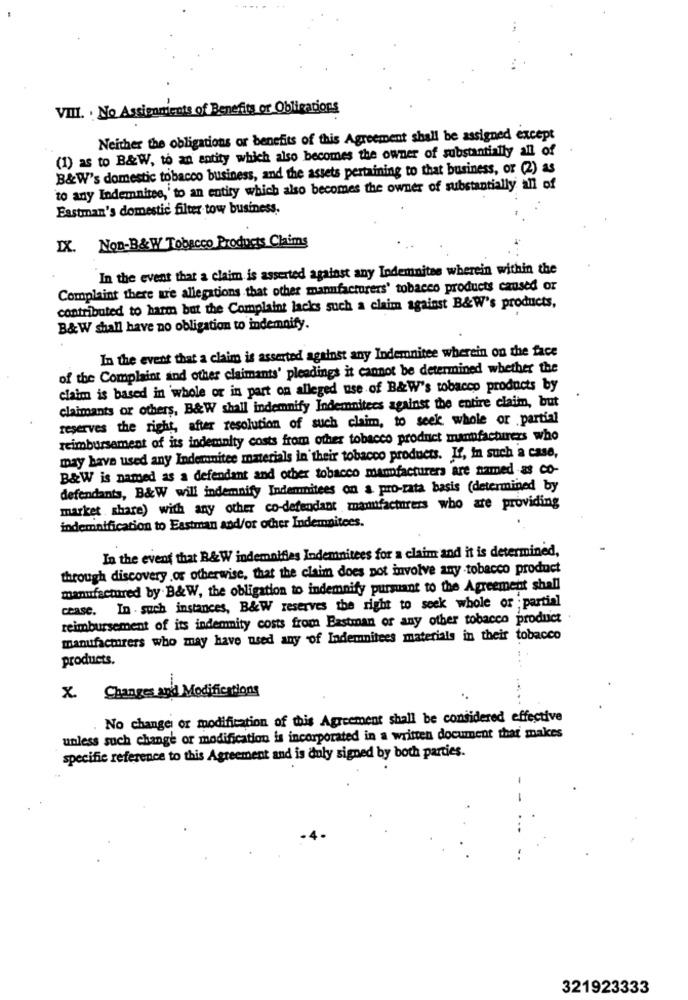
VIII. . No Assiennients of Benefits or Obligations
Neither the obligations or benefits of this Agreement shall be assigned except
(1) as to B&W, to an entity which also becomes the owner of substantially all of
B&W's domestic tobacco business, and the assets pertaining to that business, or (2) as
to any Indemnites,' to an entity which also becomes the owner of substantially all of
Eastman's domestic filter tow business.
IX. NOD-B&W Tobacco Products Claims
In the event that a claim is asserted against any Indemnites wherein within the
Complaint there are allegations that other manufacturers' tobacco products caused or
contributed to harm but the Complaint lacks such a claim against B&W's products,
B&W shall have no obligation to indemnify.
In the event that a claim is asserted against any Indemnitee wherein on the face
of the Complaint and other claimants' pleadings it cannot be determined whether the
claim is based in whole or in part on alleged use of B&W's tobacco products by
claimants or others, B&W shall indemnify Indemnitees against the entire claim, but
reserves the right, after resolution of such claim, to seek whole or partial
reimbursement of its indemnity costs from other tobacco product manufacturers who
may have used any Indermitee materials in their tobacco products. If, In such a case,
B&W is named as a defendant and other tobacco manufacturers are named as co-
defendants, B&W will indemnify Indemnitees on & pro-rata basis (determined by
market share) with any other co-defendant manufacturers who are providing
indemnification to Eastman and/or other Indemnitees.
In the event that B&W indemnifies Indemnitees for a claim and it is determined,
through discovery or otherwise, that the claim does not involve any tobacco product
manufactured by B&W, the obligation to indemnify pursuant to the Agreement shall
cease. In . such instances, B&W reserves the right to seek whole or ;partial
reimbursement of its indemnity costs from Eastman or any other tobacco product
manufacturers who may have used any of Indemnitees materials in their tobacco
products.
X. Changes and Modifications
No change or modification of this Agreement shall be considered effective
unless such change or modification is incorporated in a written document that makes
specific reference to this Agreement and is duly signed by both parties.
321923333